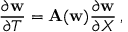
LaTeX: { \frac { \partial { \bf w } } { \partial T } } = { \bf A } ( { \bf w } ) { \frac { \partial { \bf w } } { \partial X } } \, ,